65_HS1-834228961_62-HQ-83894_Section_9
Agency: FBI
Page 211
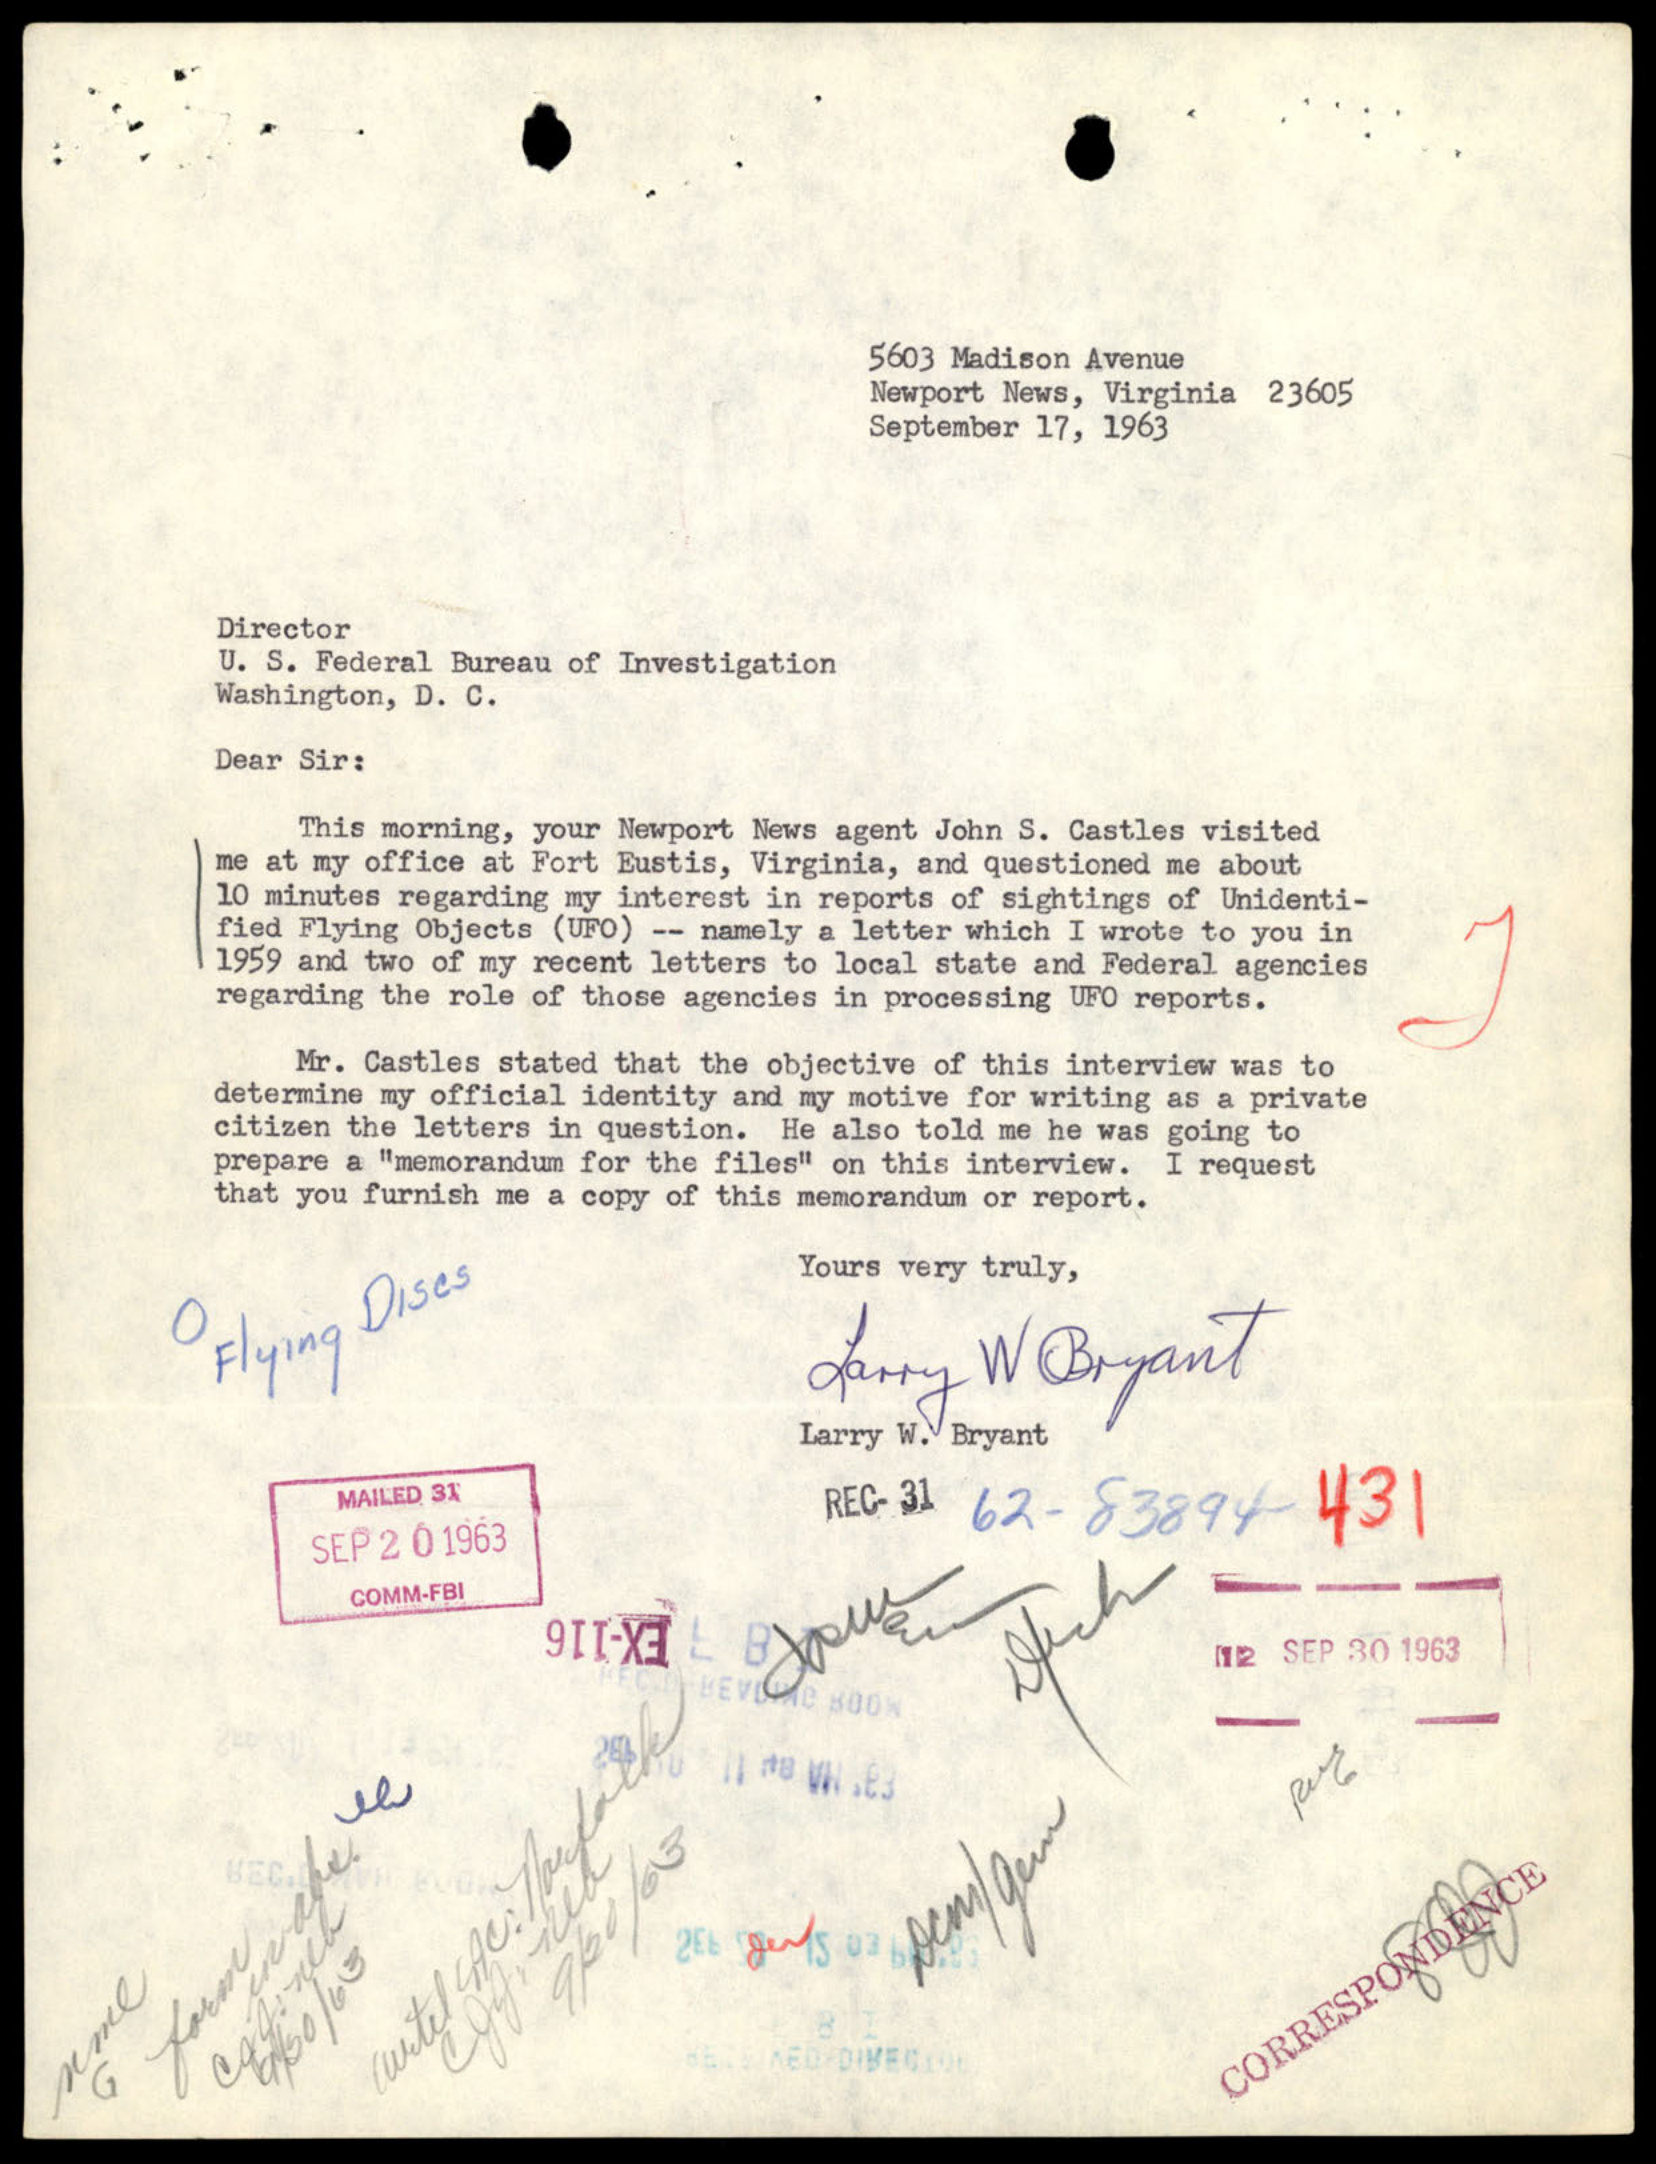